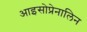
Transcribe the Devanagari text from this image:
आइसोप्रेनालिन